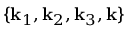
\{ { \bf k } _ { 1 } , { \bf k } _ { 2 } , { \bf k } _ { 3 } , { \bf k } \}